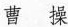
曹操